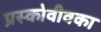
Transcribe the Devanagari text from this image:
प्रस्कोवीवका